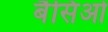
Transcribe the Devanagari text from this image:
बैसिओ